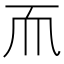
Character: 𬻃